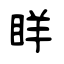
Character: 眻